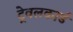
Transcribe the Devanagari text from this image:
ट्रेवलकार्ड